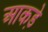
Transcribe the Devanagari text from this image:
आकडे़